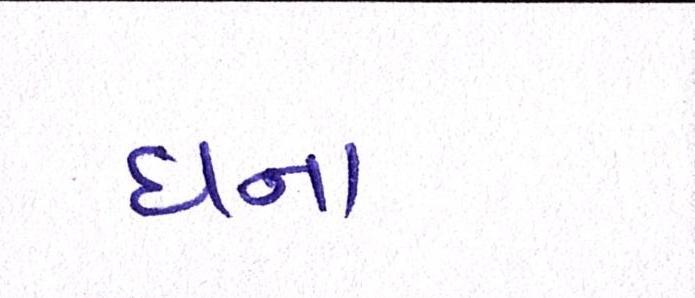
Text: ઘના